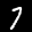
Label: 7